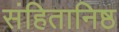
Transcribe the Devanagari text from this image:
संहितानिष्ठ